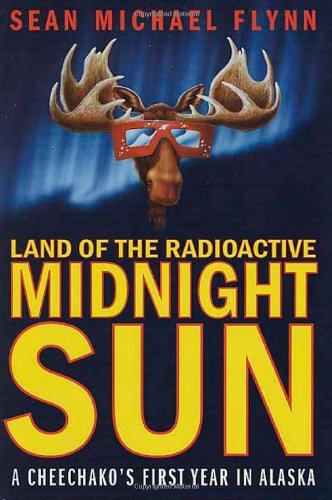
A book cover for Land of the Radioactive Midnight Sun: A Cheechako's First Year in Alaska; Sean Michael Flynn; Travel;